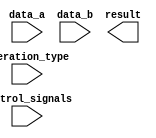
module extended_precision_floating_point_unit (
  input data_a,
  input data_b,
  input operation_type,
  input control_signals,
  output result
);

// Define floating point arithmetic blocks here
// Adders
// subtractors
// multipliers
// dividers

// Implement IEEE 754 compliant operations for single and double precision

// Control signals for handling special cases (overflow, underflow)

// Efficiently perform complex mathematical operations on extended precision floating point numbers

endmodule